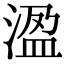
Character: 溋